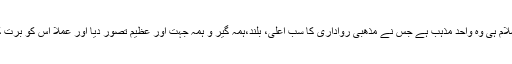
دنیا میں اسلام ہی وہ واحد مذہب ہے جس نے مذھبی رواداری کا سب اعلی، بلند،ہمہ گیر و ہمہ جہت اور عظیم تصور دیا اور عملا اس کو برت کر دکھایا ۔